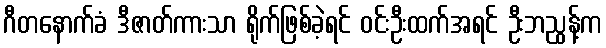
ဂီတနောက်ခံ ဒီဇာတ်ကားသာ ရိုက်ဖြစ်ခဲ့ရင် ဝင်းဦးထက်အရင် ဦးဘညွန့်က